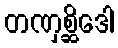
တဏှစ္ဆိဒေါ